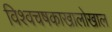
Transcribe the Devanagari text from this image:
विश्वचषकाखालोखाल